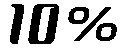
10%